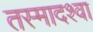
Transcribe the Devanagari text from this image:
तस्मादश्वा